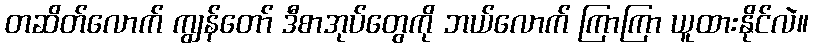
တဆိတ်လောက် ကျွန်တော် ဒီစာအုပ်တွေကို ဘယ်လောက် ကြာကြာ ယူထားနိုင်လဲ။